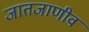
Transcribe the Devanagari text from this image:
जातजाणीव